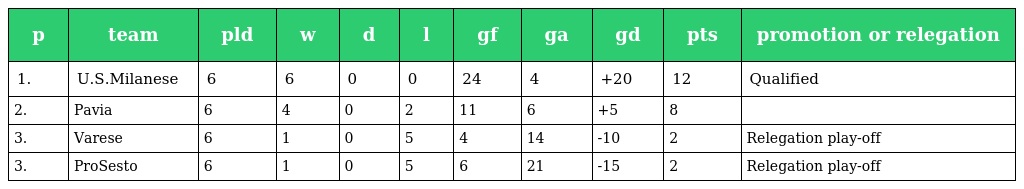
| p | team | pld | w | d | l | gf | ga | gd | pts | promotion or relegation |
 | --- | --- | --- | --- | --- | --- | --- | --- | --- | --- | --- |
 | 1. | U.S.Milanese | 6 | 6 | 0 | 0 | 24 | 4 | +20 | 12 | Qualified |
 | 2. | Pavia | 6 | 4 | 0 | 2 | 11 | 6 | +5 | 8 |  |
 | 3. | Varese | 6 | 1 | 0 | 5 | 4 | 14 | -10 | 2 | Relegation play-off |
 | 3. | ProSesto | 6 | 1 | 0 | 5 | 6 | 21 | -15 | 2 | Relegation play-off |